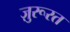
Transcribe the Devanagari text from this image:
ज़ुरूरत